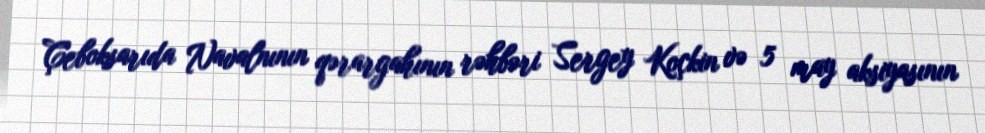
Çeboksarıda Navalnının qərargahının rəhbəri Sergey Koçkin və 5 may aksiyasının